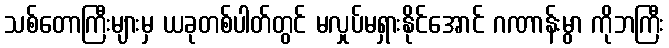
သစ်တောကြီးများမှ ယခုတစ်ပါတ်တွင် မလှုပ်မရှားနိုင်အောင် ဂဏာန်းမွာ ကိုဘကြီး